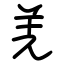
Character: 羌